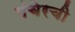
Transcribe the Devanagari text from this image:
मंचेरची